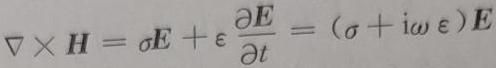
$\nabla\times\boldsymbol{H}=\sigma\boldsymbol{E}+\varepsilon\frac{\partial\boldsymbol{E}}{\partial t}=(\sigma+\mathrm{i}\omega\varepsilon)\boldsymbol{E}$